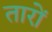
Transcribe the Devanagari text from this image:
तारों